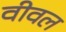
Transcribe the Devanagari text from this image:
वीवल